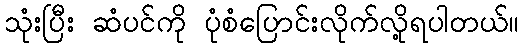
သုံးပြီး ဆံပင်ကို ပုံစံပြောင်းလိုက်လို့ရပါတယ်။